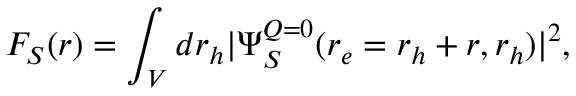
F _ { S } ( \boldsymbol { r } ) = \int _ { V } d \boldsymbol { r } _ { h } | \Psi _ { S } ^ { \boldsymbol { Q } = 0 } ( \boldsymbol { r } _ { e } = \boldsymbol { r } _ { h } + \boldsymbol { r } , \boldsymbol { r } _ { h } ) | ^ { 2 } ,